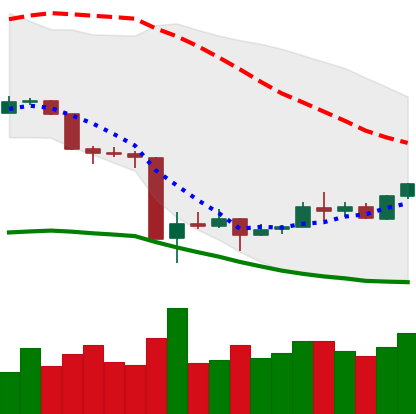
Ticker: XMR-USD
Chart end date: 2020-03-24
Forward return: -6.511%
Label: down_5_7